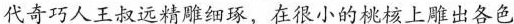
代奇巧人王叔远精雕细琢，在很小的桃核上雕出各色